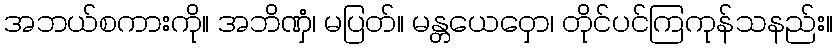
အဘယ်စကားကို။ အဘိဏှံ၊ မပြတ်။ မန္တယေဝှော၊ တိုင်ပင်ကြကုန်သနည်း။